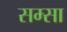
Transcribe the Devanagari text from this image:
सम्सा